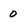
Character: 0